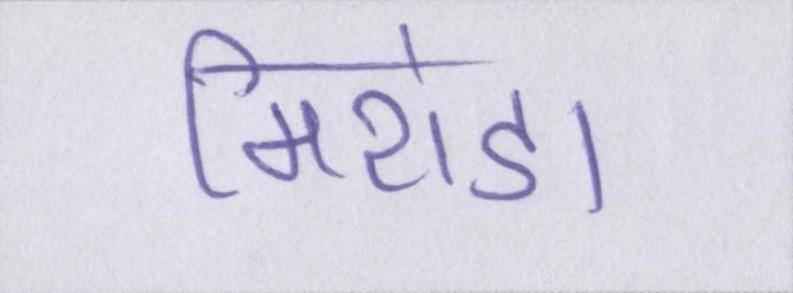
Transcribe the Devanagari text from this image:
मिरांडा